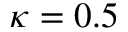
\kappa = 0 . 5